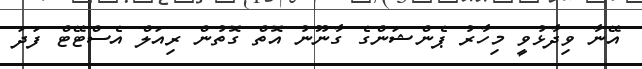
އޭނާ ވިދާޅުވީ މިހާރު ޕެންޝަންގެ ގާނޫނު އޮތް ގޮތުން ރިއަލް އެސްޓޭޓް ފަދަ